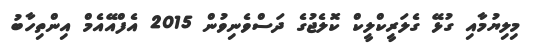
މިލިޔުމާއި ގުޅޭ ގެލަރީކްލީކް ކޮލެޖުގެ ދަސްވެނިވުން 2015 އެފްއޭއެމް އިންތިހާބު